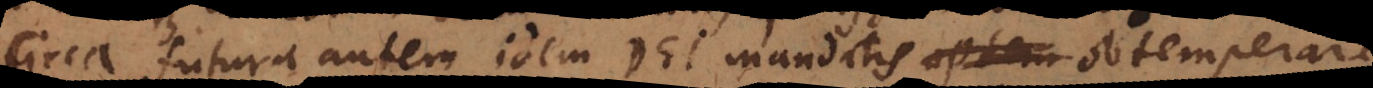
Circa futura autem idem Dei mandatis obtemperare